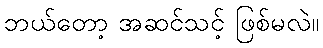
ဘယ်တော့ အဆင်သင့် ဖြစ်မလဲ။